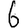
Digit: 6